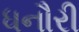
ધનૌરી